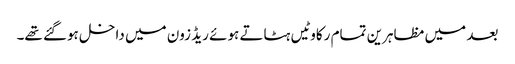
بعد میں مظاہرین تمام رکاوٹیں ہٹاتے ہوئے ریڈ زون میں داخل ہوگئے تھے۔